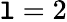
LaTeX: \mathtt{l}=2